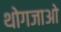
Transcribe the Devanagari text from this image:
थोगजाओ